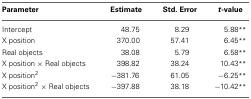
<table><thead><tr><td><b>Parameter</b></td><td><b>Estimate</b></td><td><b>Std. Error</b></td><td><b><i>t</i>-value</b></td></tr></thead><tbody><tr><td>Intercept</td><td>48.75</td><td>8.29</td><td>5.88<sup>**</sup></td></tr><tr><td>X position</td><td>370.00</td><td>57.41</td><td>6.45<sup>**</sup></td></tr><tr><td>Real objects</td><td>38.08</td><td>5.79</td><td>6.58<sup>**</sup></td></tr><tr><td>X position × Real objects</td><td>398.82</td><td>38.24</td><td>10.43<sup>**</sup></td></tr><tr><td>X position<sup>2</sup></td><td>−381.76</td><td>61.05</td><td>−6.25<sup>**</sup></td></tr><tr><td>X position<sup>2</sup> × Real objects</td><td>−397.88</td><td>38.18</td><td>−10.42<sup>**</sup></td></tr></tbody></table>